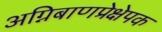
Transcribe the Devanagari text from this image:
अग्निबाणप्रेक्षेपक